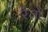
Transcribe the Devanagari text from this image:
रेंज़ो